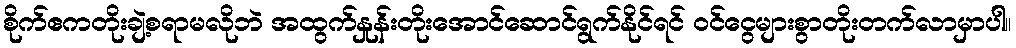
စိုက်ဧကတိုးချဲ့စရာမလိုဘဲ အထွက်နှုန်းတိုးအောင်ဆောင်ရွက်နိုင်ရင် ဝင်ငွေများစွာတိုးတက်လာမှာပါ။